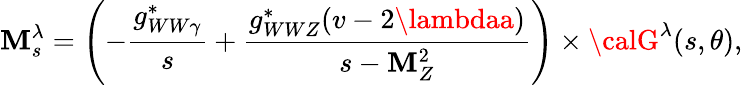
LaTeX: {\cal\mathbf{M}}_{s}^{\lambda}=\left(-\frac{{g_{WW\gamma}^{*}}}{{s}}+\frac{{g_{WWZ}^{*}(v-2\lambdaa)}}{{s-\mathbf{M}_{Z}^{2}}}\right)\times{\calG}^{\lambda}(s,\theta),